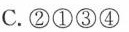
C. ②①③④